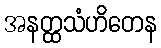
အနတ္ထသံဟိတေန